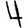
Digit: 4